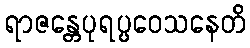
ရာဇန္တေပုရပ္ပဝေသနေတိ